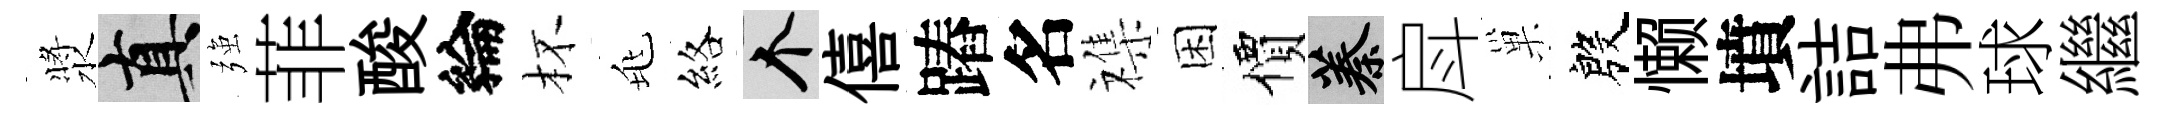
漿真强菲酸綸杯兆絡个僖蹖名襍困價蓁戽巢殷懒墳詰弗球繼